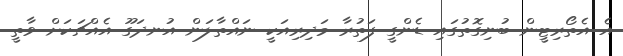
އެ އެތޯރިޓީން ބުނިގޮތުގައި ޑެންގީ ފަތުރާ މަދިރިއަކީ ނައްތާލަން އުނދަގޫ އެއްޗަކަށް ވާތީ